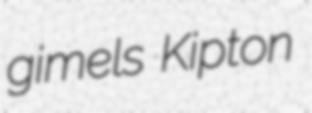
gimels Kipton